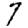
Digit: 7